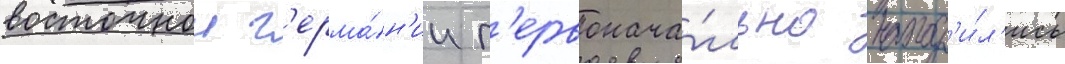
восточнои г'ерма́н'ии п'ервонача́льно наход'и́л'ись